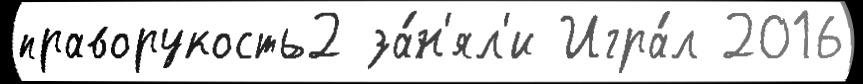
праворукость2 за́н'ял'и Игра́л 2016